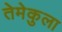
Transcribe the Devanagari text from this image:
तेमेकुला